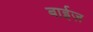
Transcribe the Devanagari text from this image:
बाईज़